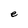
Character: e